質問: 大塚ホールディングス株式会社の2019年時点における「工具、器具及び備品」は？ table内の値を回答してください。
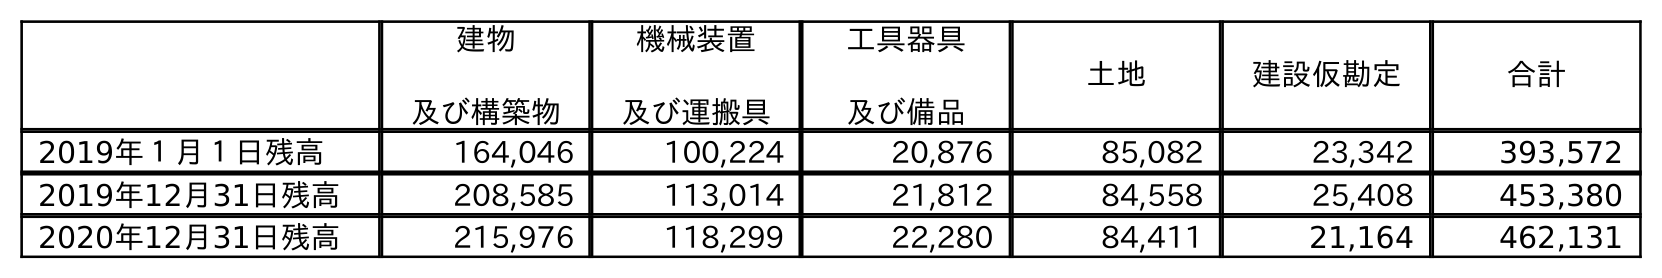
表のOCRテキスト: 建物 及び構築物 機械装置 及び運搬具 工具器具 及び備品 土地 建設仮勘定 合計 2019年１月１日残高 164,046 100,224 20,876 85,082 23,342 393,572 2019年12月31日残高 208,585 113,014 21,812 84,558 25,408 453,380 2020年12月31日残高 215,976 118,299 22,280 84,411 21,164 462,131
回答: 21,812